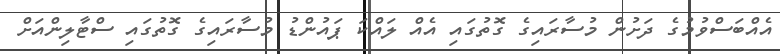
އެއްބަސްވުމުގެ ދަށުން މުސާރައިގެ ގޮތުގައި އެއް ލައްކަ ޕައުންޑު މުސާރައިގެ ގޮތުގައި ސްޓާލިންއަށް